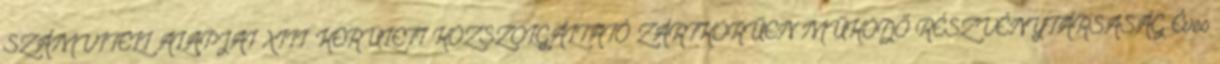
SZÁMVITELI ALAPJAI XIII. KERÜLETI KÖZSZOLGÁLTATÓ ZÁRTKÖRŰEN MŰKÖDŐ RÉSZVÉNYTÁRSASÁG Éves